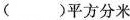
( ) 平 方 分 米$$